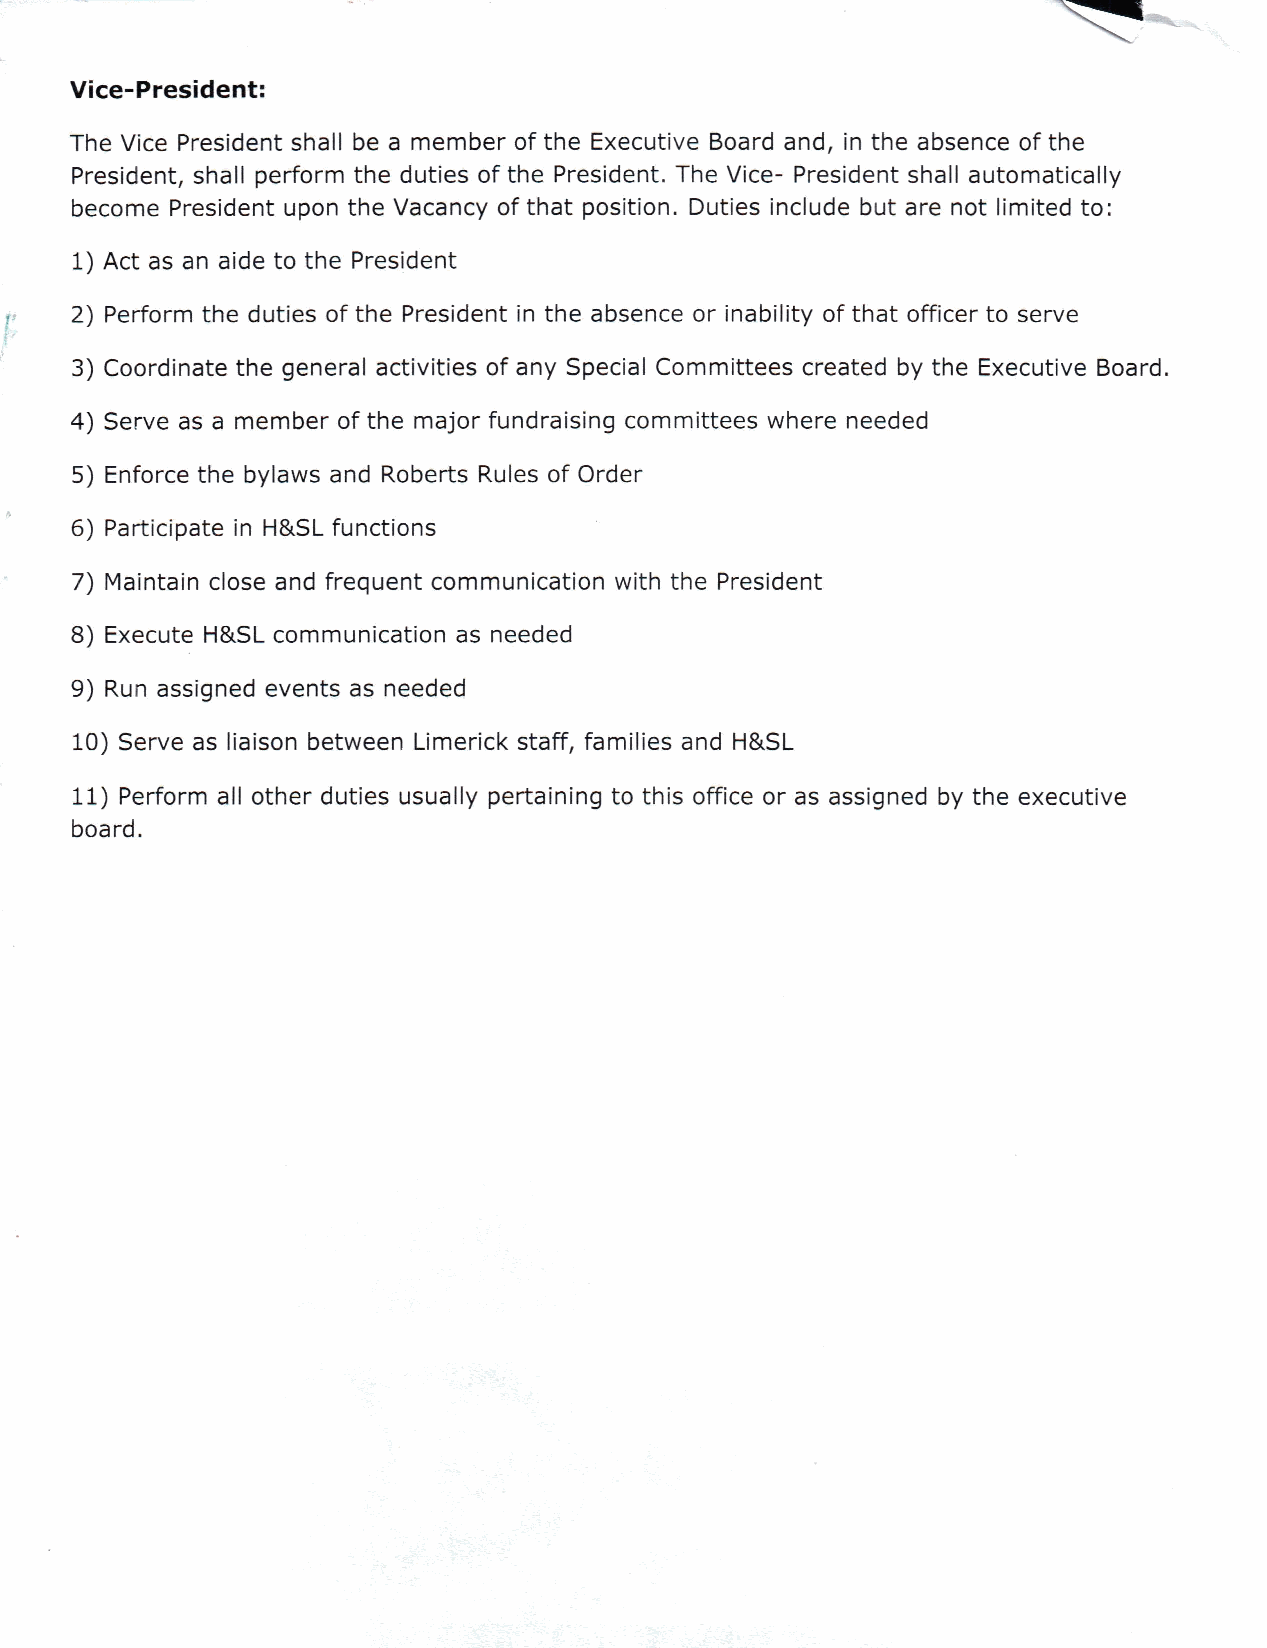
Vice-President:
 The Vice President shall be a member of the Executive Board and, in the absence of the
 President, shall perform the duties of the President. The Vice- President shall automatically
 become President upon the Vacancy of that position. Duties include but are not limited to:
 1) Act as an aide to the President
 2) Perform the duties of the President in the absence or inability of that officer to serve
 3) Coordinate the general activities of any Special Committees created by the Executive Board.
 4) Serve as a member of the major fundraising committees where needed
 5) Enforce the bylaws and Roberts Rules of Order
 6) Participate in H&SL functions
 7) Maintain close and frequent communication with the President
 8) Execute H&SL communication as needed
 9) Run assigned events as needed
 10) Serve as liaison between Limerick staff, families and H&SL
 11) Perform all other duties usually pertaining to this office or as assigned by the executive
 board.